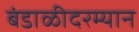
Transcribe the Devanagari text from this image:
बंडाळीदरम्यान